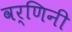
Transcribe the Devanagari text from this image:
वर्णिनी